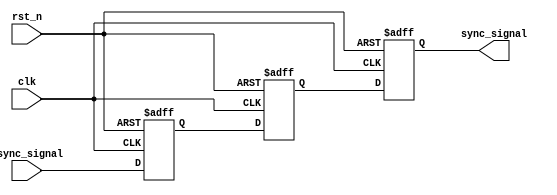
module dual_ff_synchronizer (
    input  wire clk,           // Receiving clock (slower clock domain)
    input  wire rst_n,         // Active-low reset signal
    input  wire async_signal,   // Asynchronous input signal from a faster clock domain
    output reg  sync_signal     // Synchronized output signal
);

    // Internal signals for the flip-flops
    reg ff_1, ff_2;

    always @(posedge clk or negedge rst_n) begin
        if (!rst_n) begin
            ff_1 <= 1'b0;  // Initialize first flip-flop to 0
            ff_2 <= 1'b0;  // Initialize second flip-flop to 0
            sync_signal <= 1'b0; // Initialize synchronized output to 0
        end else begin
            ff_1 <= async_signal; // Capture the asynchronous input signal
            ff_2 <= ff_1;         // Pass the first flip-flop output to the second
            sync_signal <= ff_2;  // Update the synchronized output
        end
    end

endmodule